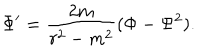
\Phi ^ { \prime } = { \frac { 2 m } { r ^ { 2 } - m ^ { 2 } } } ( \Phi - \Psi ^ { 2 } ) .